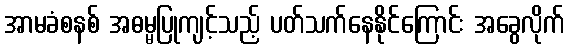
အာမခံစနစ် အဓမ္မပြုကျင့်သည့် ပတ်သက်နေနိုင်ကြောင်း အခွေလိုက်